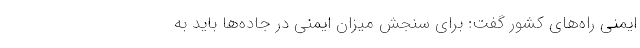
ایمنی راه‌های کشور گفت: برای سنجش میزان ایمنی در جاده‌ها باید به